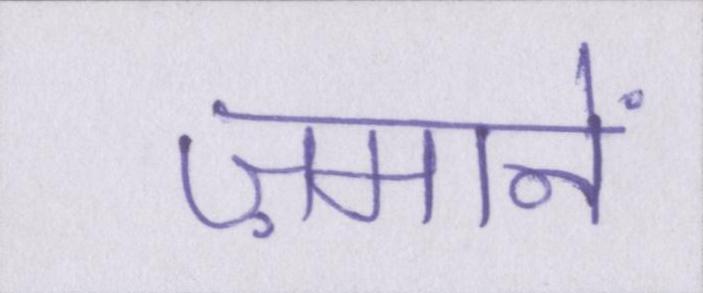
ज़मानें